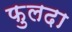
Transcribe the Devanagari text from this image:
फुलदा